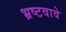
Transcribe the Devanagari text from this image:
भ्रष्टवावे